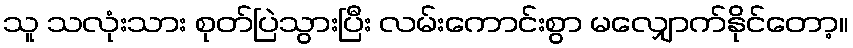
သူ သလုံးသား စုတ်ပြဲသွားပြီး လမ်းကောင်းစွာ မလျှောက်နိုင်တော့။